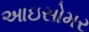
આઇસોમર